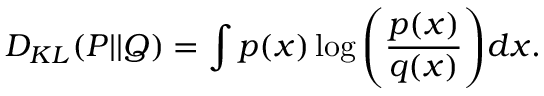
D _ { K L } ( P | | Q ) = \int p ( x ) \log \Bigg ( \frac { p ( x ) } { q ( x ) } \Bigg ) d x .